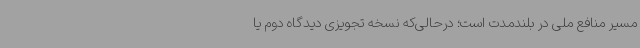
مسیر منافع ملی در بلندمدت است؛ درحالی‌که نسخه تجویزی دیدگاه دوم یا